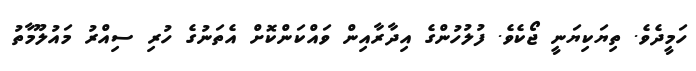
ހަމީދެވެ. ތިޔަކިޔަނީ ޖޯކެވެ. ފުލުހުންގެ އިދާރާއިން ވައްކަންކޮށް އެތަނުގެ ހުރި ސިއްރު މައުލޫމާތު